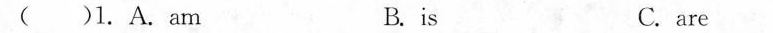
( )1.A.am B.is C.are